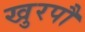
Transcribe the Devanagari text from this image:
खुरपौ